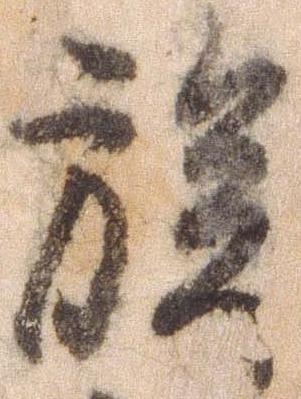
族